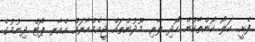
ފެށީ. ކަލޯ ކޮންތާކުން ހޯދި ލާރި. މޫދުންތައް ޖީއެމްއާރައް އެއާރ ޕޯޓް ދިނުމުގެ